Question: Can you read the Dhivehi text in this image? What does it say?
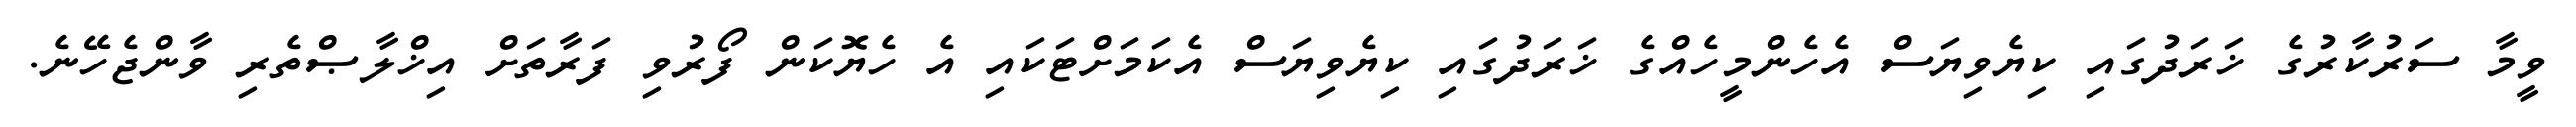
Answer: ވީމާ ސަރުކާރުގެ ޚަރަދުގައި ކިޔެވިޔަސް އެހެންމީހެއްގެ ޚަރަދުގައި ކިޔެވިޔަސް އެކަމަށްޓަކައި އެ ހެޔޮކަން ފޯރުވި ފަރާތަށް އިޚްލާޞްތެރި ވާންޖެހޭނެ.